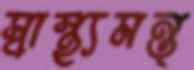
স্বাস্থ্যমন্ত্